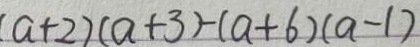
( a + 2 ) ( a + 3 ) - ( a + 6 ) ( a - 1 )